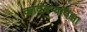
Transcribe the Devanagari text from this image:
कादंबर्‍यांपेक्षा